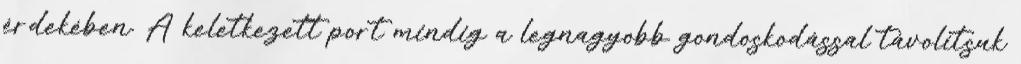
érdekében. A keletkezett port mindig a legnagyobb gondoskodással távolítsuk